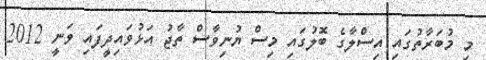
މި މުބަރާތުގައި އިސްލާގެ ބޮލުގައި މިސް ޔުނިވާސް ތާޖު އަޅުވައިދީފައި ވަނީ 2012